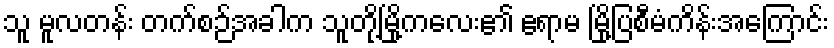
သူ မူလတန်း တက်စဉ်အခါက သူတို့မြို့ကလေး၏ ဧရာမ မြို့ပြစီမံကိန်းအကြောင်း